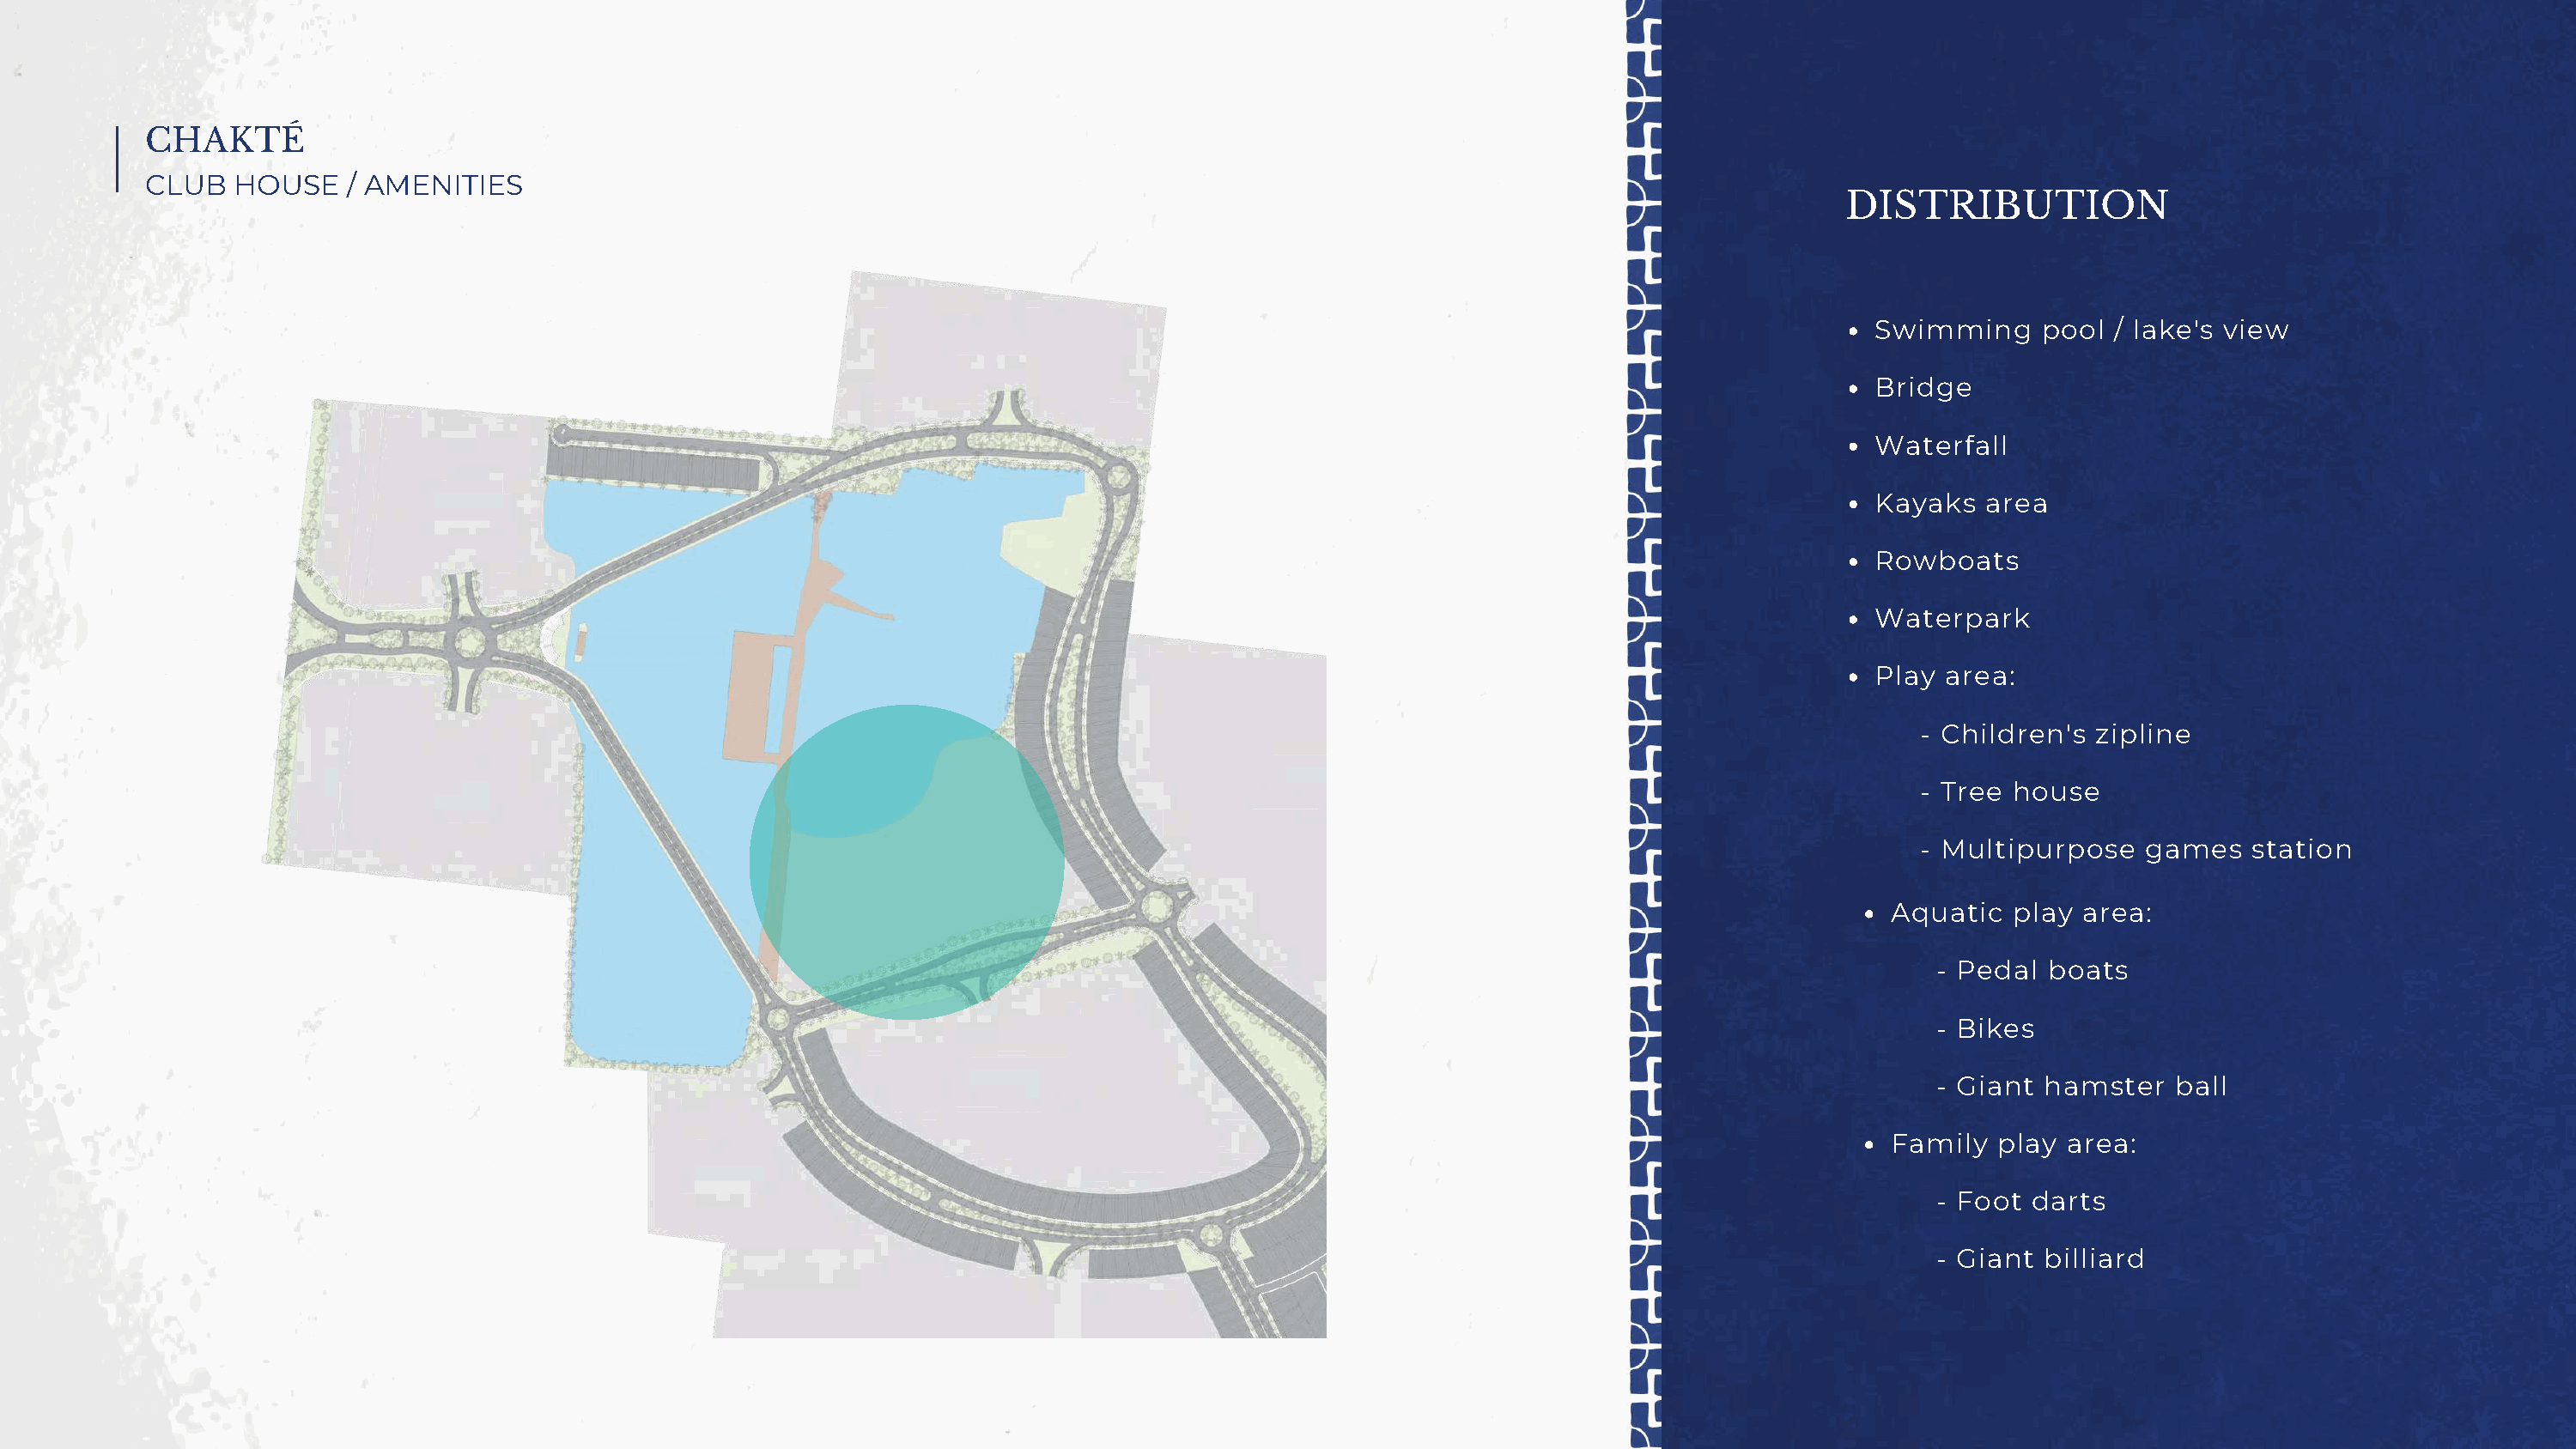
CHAKTÉ
 CLUB   HOUSE    / AMENITIES
 DISTRIBUTION
 Swimming    pool  / lake's view
 Bridge
 Waterfall
 Kayaks  area
 Rowboats
 Waterpark
 Play area:
 - Children's  zipline
 - Tree house
 - Multipurpose   games    station
 Aquatic  play  area:
 - Pedal  boats
 - Bikes
 - Giant  hamster   ball
 Family  play area:
 - Foot  darts
 - Giant  billiard